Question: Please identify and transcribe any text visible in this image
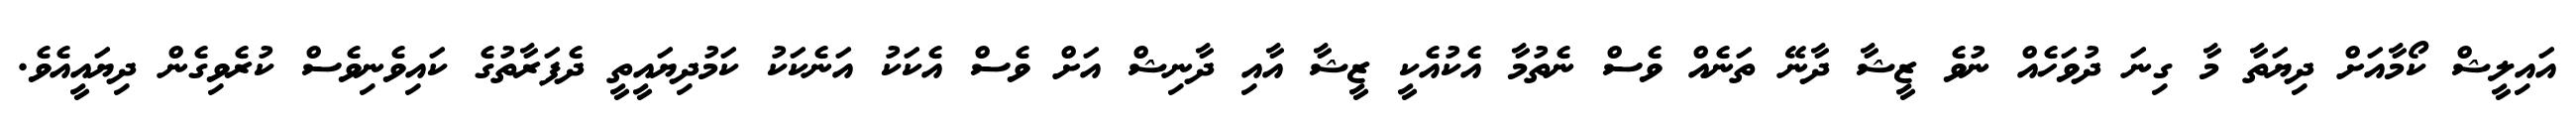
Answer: އައިލީޝް ކޯމާއަށް ދިޔަތާ މާ ގިނަ ދުވަހެއް ނުވެ ޒީޝާ ދާނޭ ތަނެއް ވެސް ނެތުމާ އެކުއެކީ ޒީޝާ އާއި ދާނިޝް އަށް ވެސް އެކަކު އަނެކަކު ކަމުދިޔައީތީ ދެފަރާތުގެ ކައިވެނިވެސް ކުރެވިގެން ދިޔައީއެވެ.